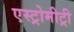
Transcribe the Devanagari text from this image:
एस्ट्रोमीट्री